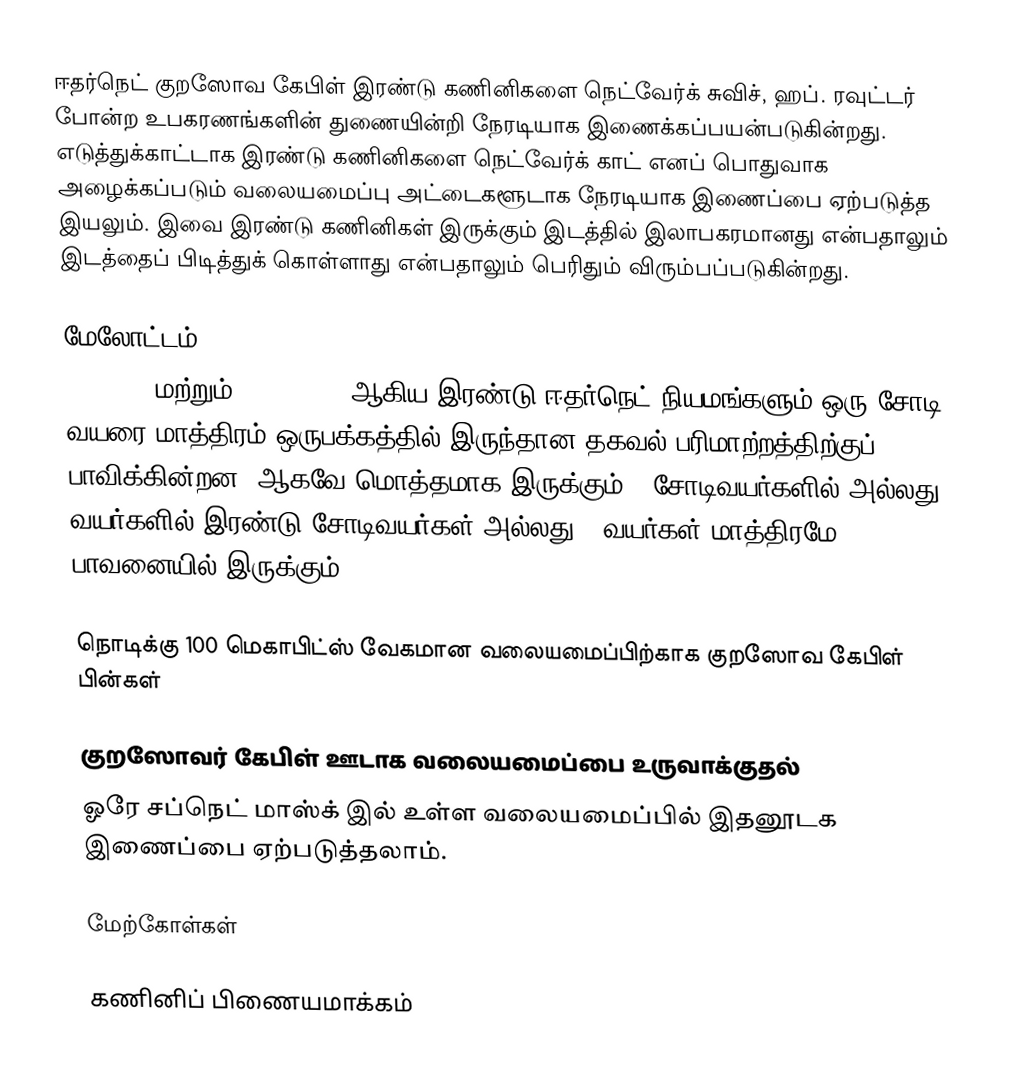
ஈதர்நெட் குறஸோவ கேபிள் இரண்டு கணினிகளை நெட்வேர்க் சுவிச், ஹப். ரவுட்டர் போன்ற உபகரணங்களின் துணையின்றி நேரடியாக இணைக்கப்பயன்படுகின்றது. எடுத்துக்காட்டாக இரண்டு கணினிகளை நெட்வேர்க் காட் எனப் பொதுவாக அழைக்கப்படும் வலையமைப்பு அட்டைகளூடாக நேரடியாக இணைப்பை ஏற்படுத்த இயலும். இவை இரண்டு கணினிகள் இருக்கும் இடத்தில் இலாபகரமானது என்பதாலும் இடத்தைப் பிடித்துக் கொள்ளாது என்பதாலும் பெரிதும் விரும்பப்படுகின்றது.

மேலோட்டம்
10BASE-T மற்றும் 100BASE-TX ஆகிய இரண்டு ஈதர்நெட் நியமங்களும் ஒரு சோடி வயரை மாத்திரம் ஒருபக்கத்தில் இருந்தான தகவல் பரிமாற்றத்திற்குப் பாவிக்கின்றன (ஆகவே மொத்தமாக இருக்கும் 4 சோடிவயர்களில் அல்லது 8 வயர்களில் இரண்டு சோடிவயர்கள் அல்லது 4 வயர்கள் மாத்திரமே பாவனையில் இருக்கும்).

நொடிக்கு 100 மெகாபிட்ஸ் வேகமான வலையமைப்பிற்காக குறஸோவ கேபிள் பின்கள்

குறஸோவர் கேபிள் ஊடாக வலையமைப்பை உருவாக்குதல்
ஓரே சப்நெட் மாஸ்க் இல் உள்ள வலையமைப்பில் இதனூடக இணைப்பை ஏற்படுத்தலாம்.

மேற்கோள்கள்

கணினிப் பிணையமாக்கம்